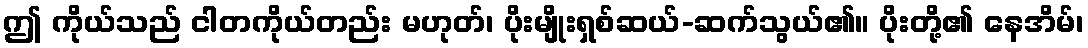
ဤ ကိုယ်သည် ငါတကိုယ်တည်း မဟုတ်၊ ပိုးမျိုးရှစ်ဆယ်-ဆက်သွယ်၏။ ပိုးတို့၏ နေအိမ်၊